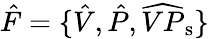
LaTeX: \hat{F}=\lbrace\hat{V},\hat{P},\widehat{VP}_{\mathrm{s}}\rbrace